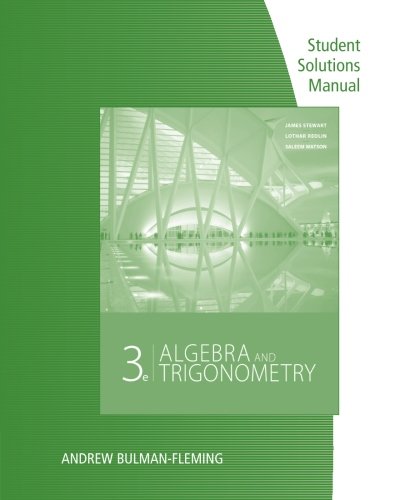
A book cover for Student Solutions Manual for Stewart/Redlin/Watson's Algebra and Trigonometry, 3rd; James Stewart; Science & Math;